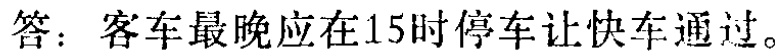
答：客车最晚应在15时停车让快车通过。